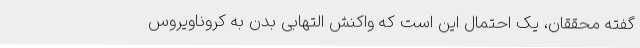
گفته محققان، یک احتمال این است که واکنش التهابی بدن به کروناویروس